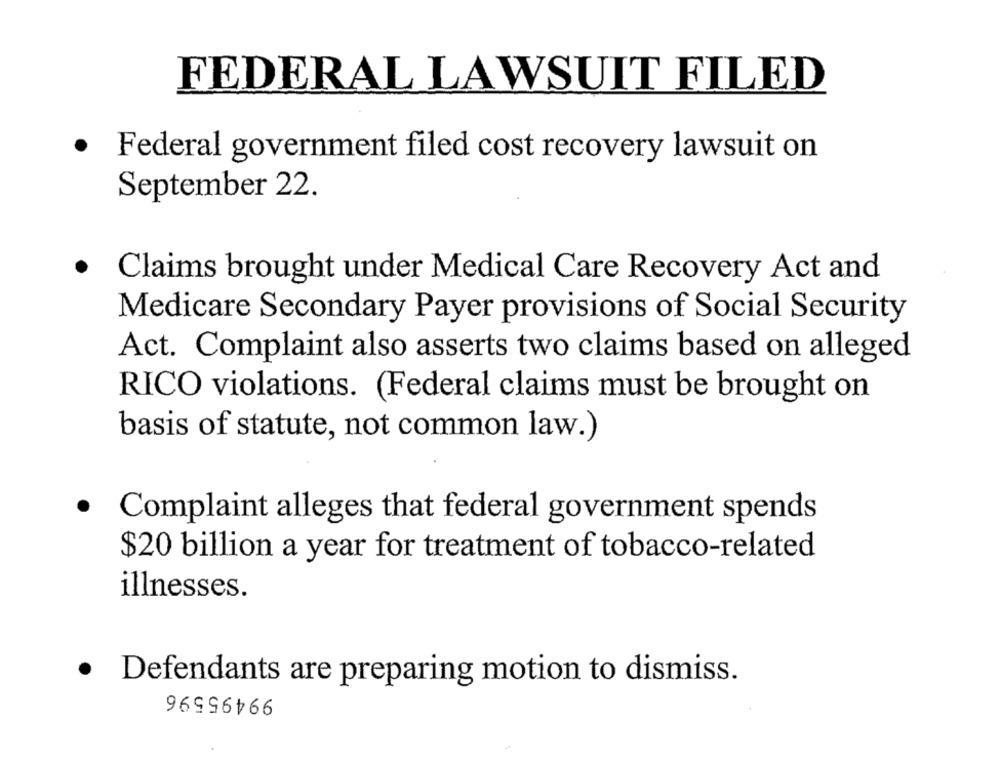
FEDERAL LAWSUIT FILED
·
Federal government filed cost recovery lawsuit on
September 22.
· Claims brought under Medical Care Recovery Act and
Medicare Secondary Payer provisions of Social Security
Act. Complaint also asserts two claims based on alleged
RICO violations. (Federal claims must be brought on
basis of statute, not common law.)
.
Complaint alleges that federal government spends
$20 billion a year for treatment of tobacco-related
illnesses.
· Defendants are preparing motion to dismiss.
99495596